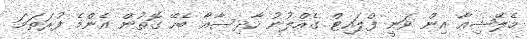
މެލޭޝިއާ އިން ވަނީ ފްލައިޓް ގެއްލުނު ހާދިސާއާ ބެހޭ ގޮތުން އެންމެ ފުރަތަމަ